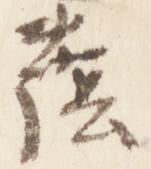
蔭